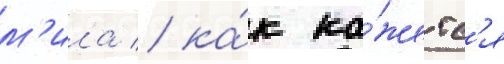
м'ила / ка́к ка́жетс'я